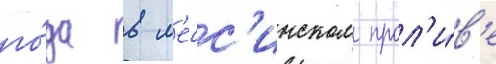
го́да в м'есс'инском прол'и́в'е